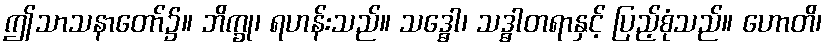
ဤသာသနာတော်၌။ ဘိက္ခု၊ ရဟန်းသည်။ သဒ္ဓေါ၊ သဒ္ဓါတရာနှင့် ပြည့်စုံသည်။ ဟောတိ၊